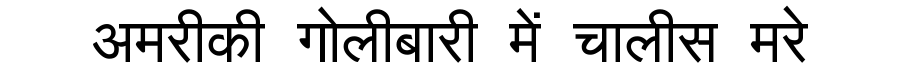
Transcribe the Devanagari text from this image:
अमरीकी गोलीबारी में चालीस मरे